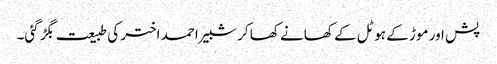
پش اور موڑ کے ہوٹل کے کھانے کھا کر شبیر احمد اختر کی طبیعت بگڑ گئی۔